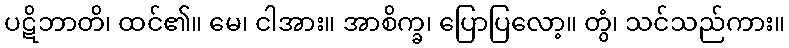
ပဋိဘာတိ၊ ထင်၏။ မေ၊ ငါအား။ အာစိက္ခ၊ ပြောပြလော့။ တွံ၊ သင်သည်ကား။